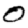
Digit: 0